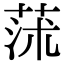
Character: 𦱈